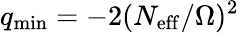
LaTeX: q_{\mathrm{min}}=-2(N_{\mathrm{eff}}/\Omega)^{2}